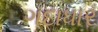
ગદાધાર